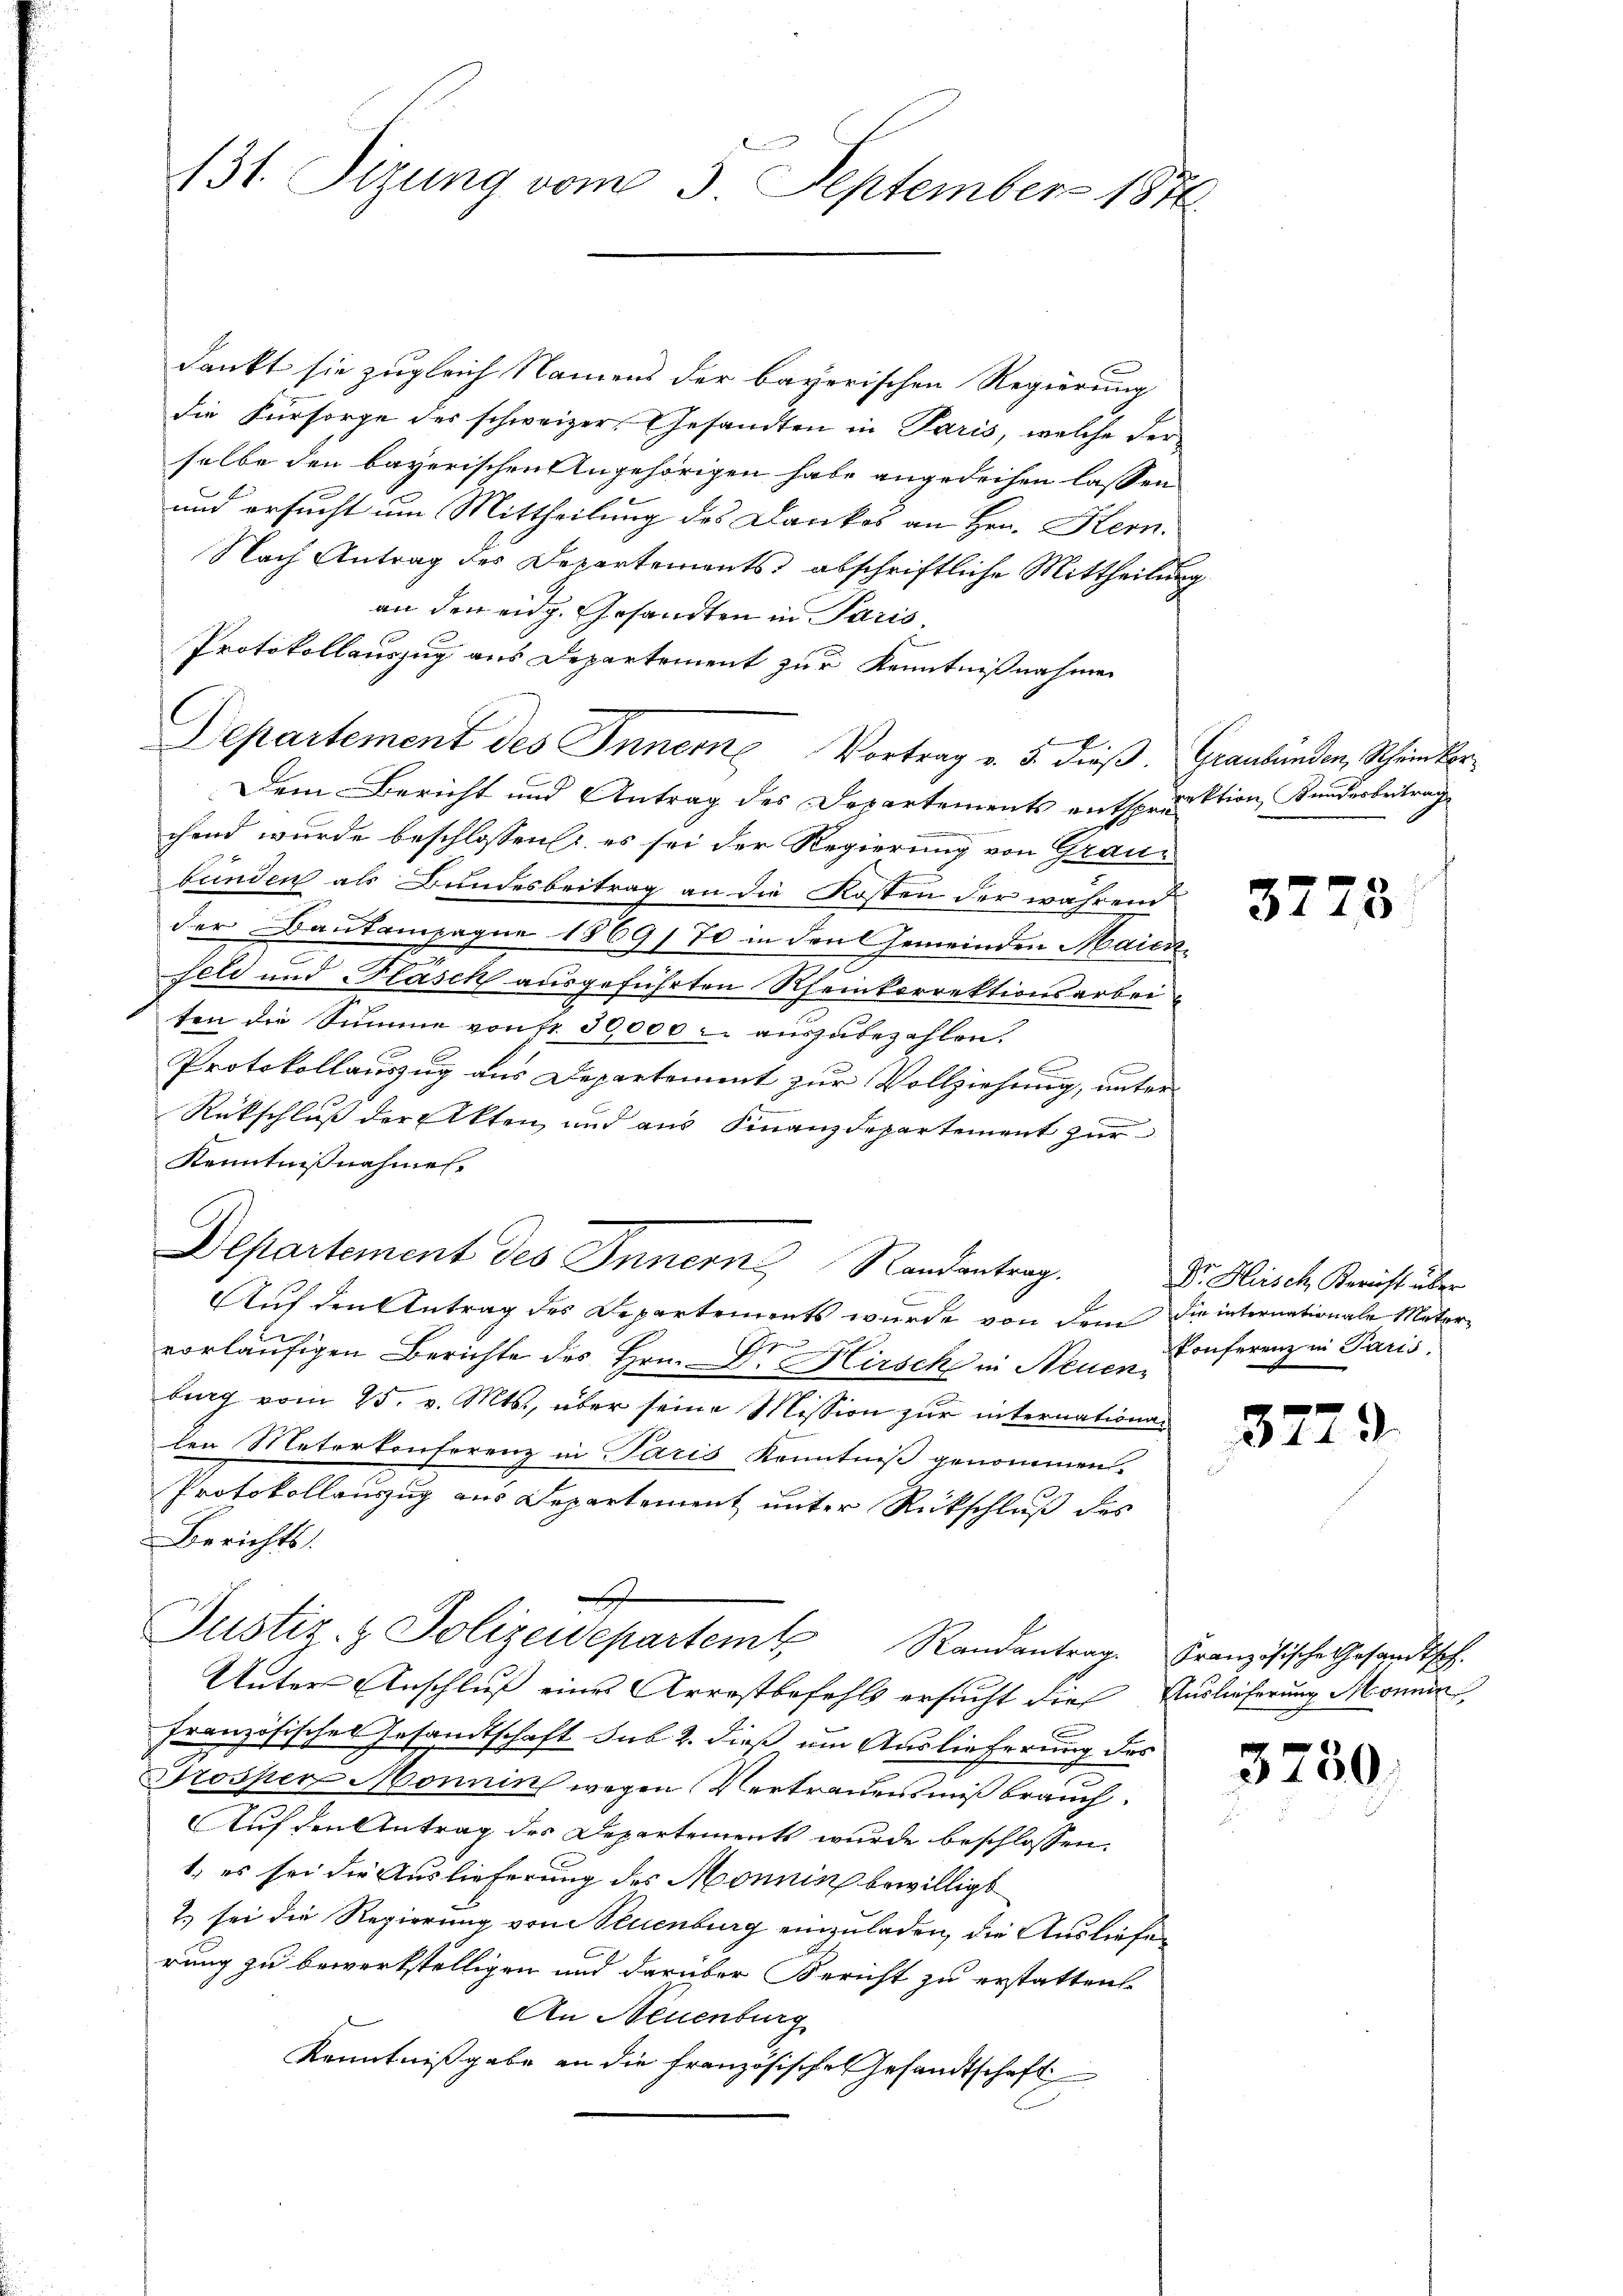
131. Sizung vom 3. September 1876.

dankt sie zugleich Namens der bayerischen Regierung
die Fürsorge des schweizer, Gesandten in Paris, welche der
selbe den bayerischen Angehörigen habe angedeihen lassen
und ersucht um Mittheilung des Dankes an Hrn. Hern.
Nach Antrag des Departements abschriftliche Mittheilung
an den eidg. Gesandten in Paris
Protokollauszug aus Departement zur Kenntnißnahmen
Departement des Innere Vortrag v. 5. dieß. Graubünden, Schein Ver¬
Dem Bericht und Antrag des Departements entsprinktion Kundesbeitrage
chend wurde beschlossen (: es sei der Regierung von Graubunden als Bundesbeitrag an die Kosten der während
der Bautampagne 1869/70 in den Gemeinden Maickseli und Flasch ausgeführten Rheinkorrektionsarbeiten die Summe von fr. 30,000 - auszubezahlen.
E
Protokollauszug aus Departement zur Vollziehung, unter
Rückschluß der Akten und aus Finanzdepartement zur
Kenntnißnahmen.
Departement des Innern Randantrag.
Auf den Antrag des Departements wurde von dem die internationale Metorvorläufigen Berichte des Hrn. Dr. Hirsch in Neuen
berg vom 25. v. Mts., über seine Mission zur internationen
len Meterkonferenz in Paris Kenntniß genommen.
Protokollauszug aus Departement unter Rückschluß des
Berichts
t
Justiz- & Polizeidepartem Randantrag. Französische Gesandtsch.
Unter Anschluß eines Arrestbefehls ersucht die Auslieferung Monnen,
französisches Gesandtschaft sub 2. dieß um Auslieferung des
Grossen Monnin wegen Vertrauensmißbrauch.
Auf den Antrag des Departements wurde beschlossen:
1.) es sei die Auslieferung des Monnin bewilligt
2.) sei die Regierung von Neuenburg einzuladen, die Ausliefen
rung zu bewerkstelligen und darüber Bericht zu erstatten.
An Neuenburg
Kenntnißgabe an die französische Gesandtschaft

3773

Dr. Heisch Bericht über
Ponferenz in Paris.

377

3

3750.